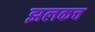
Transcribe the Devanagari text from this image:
झलकच